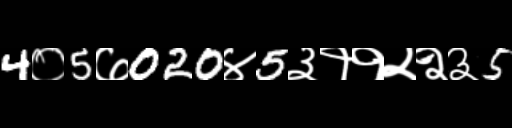
Text: 4०5७020४5३११२२३5